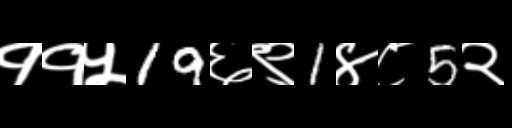
Text: ११५19६९1४८5२